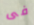
فى